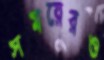
সময়েরও